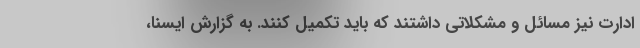
ادارت نیز مسائل و مشکلاتی داشتند که باید تکمیل کنند. به گزارش ایسنا،